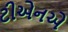
ટીએનએ